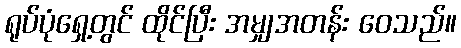
ရုပ်ပုံရှေ့တွင် ထိုင်ပြီး အမျှအတန်း ဝေသည်။